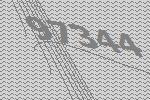
97344